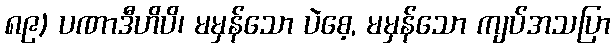
၈၉) ပဏာဒီဟိပိ၊ မမှန်သော ပဲစေ့, မမှန်သော ကျပ်အသပြာ